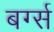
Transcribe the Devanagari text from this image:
बर्ग्स